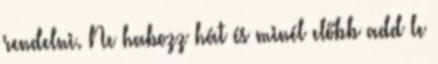
rendelni. Ne habozz hát és minél előbb add le